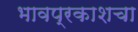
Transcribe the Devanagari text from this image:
भावप्रकाशचा